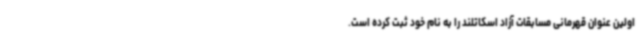
اولین عنوان قهرمانی مسابقات آزاد اسکاتلند را به نام خود ثبت کرده است.